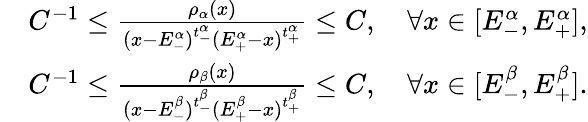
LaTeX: \begin{array}{rl}&{C^{-1}\leq\frac{\rho_{\alpha}(x)}{(x-E_{-}^{\alpha})^{t_{-}^{\alpha}}(E_{+}^{\alpha}-x)^{t_{+}^{\alpha}}}\leq C,\quad\forall x\in[E_{-}^{\alpha},E_{+}^{\alpha}],}\\ &{C^{-1}\leq\frac{\rho_{\beta}(x)}{(x-E_{-}^{\beta})^{t_{-}^{\beta}}(E_{+}^{\beta}-x)^{t_{+}^{\beta}}}\leq C,\quad\forall x\in[E_{-}^{\beta},E_{+}^{\beta}].}\end{array}